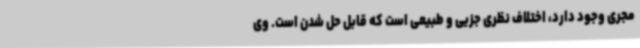
مجری وجود دارد، اختلاف نظری جزیی و طبیعی است که قابل حل شدن است. وی